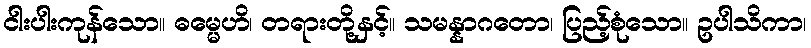
ငါးပါးကုန်သော။ ဓမ္မေဟိ၊ တရားတို့နှင့်။ သမန္နာဂတော၊ ပြည့်စုံသော။ ဥပါသိကာ၊